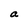
Character: a